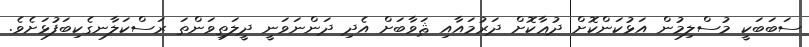
ސަބަބަކީ މުސްލިމުން އަޅުކަންކޮށް ދުޢާކޮށް ދަރުމައާއި ޘަވާބަށް އެދި ދަންނަވަނީ ދީލަތިވަންތަ ރަސްކަލާނގެކިބަފުޅަށެވެ.